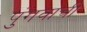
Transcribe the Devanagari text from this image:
पुंगवाची